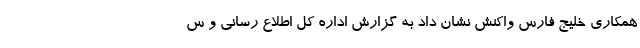
همکاری خلیج فارس واکنش نشان داد به گزارش اداره کل اطلاع رسانی و س